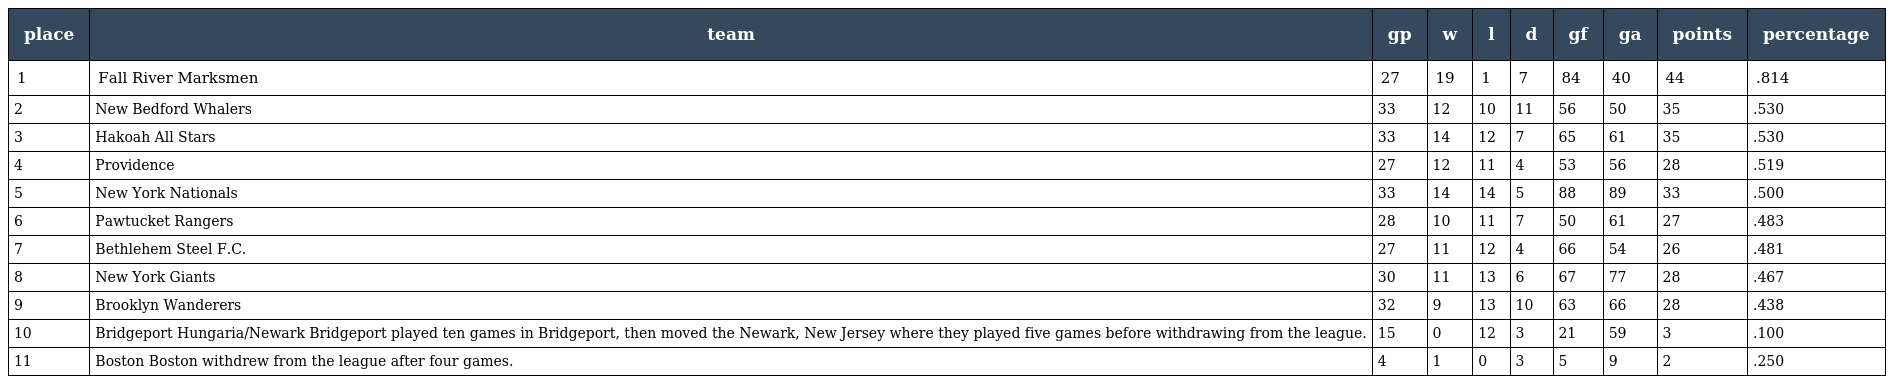
| place | team | gp | w | l | d | gf | ga | points | percentage |
 | --- | --- | --- | --- | --- | --- | --- | --- | --- | --- |
 | 1 | Fall River Marksmen | 27 | 19 | 1 | 7 | 84 | 40 | 44 | .814 |
 | 2 | New Bedford Whalers | 33 | 12 | 10 | 11 | 56 | 50 | 35 | .530 |
 | 3 | Hakoah All Stars | 33 | 14 | 12 | 7 | 65 | 61 | 35 | .530 |
 | 4 | Providence | 27 | 12 | 11 | 4 | 53 | 56 | 28 | .519 |
 | 5 | New York Nationals | 33 | 14 | 14 | 5 | 88 | 89 | 33 | .500 |
 | 6 | Pawtucket Rangers | 28 | 10 | 11 | 7 | 50 | 61 | 27 | .483 |
 | 7 | Bethlehem Steel F.C. | 27 | 11 | 12 | 4 | 66 | 54 | 26 | .481 |
 | 8 | New York Giants | 30 | 11 | 13 | 6 | 67 | 77 | 28 | .467 |
 | 9 | Brooklyn Wanderers | 32 | 9 | 13 | 10 | 63 | 66 | 28 | .438 |
 | 10 | Bridgeport Hungaria/Newark Bridgeport played ten games in Bridgeport, then moved the Newark, New Jersey where they played five games before withdrawing from the league. | 15 | 0 | 12 | 3 | 21 | 59 | 3 | .100 |
 | 11 | Boston Boston withdrew from the league after four games. | 4 | 1 | 0 | 3 | 5 | 9 | 2 | .250 |